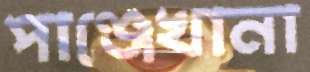
পাঞ্জেখানা